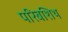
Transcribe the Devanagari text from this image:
परिबशिथ